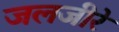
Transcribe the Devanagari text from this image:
जलजीरे